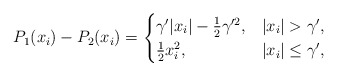
\begin{align*}P_1(x_i)-P_2(x_i)=\begin{cases}\gamma'|x_i|-\frac{1}{2}\gamma'^2, & |x_i|>\gamma',\\\frac{1}{2}x_i^2, & |x_i|\le\gamma',\end{cases}\end{align*}